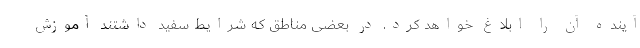
آینده آن را ابلاغ خواهد کرد. در بعضی مناطق که شرایط سفید داشتند آموزش